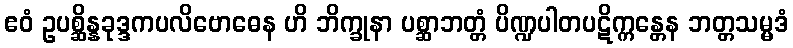
ဧဝံ ဥပစ္ဆိန္နခုဒ္ဒကပလိဗောဓေန ဟိ ဘိက္ခုနာ ပစ္ဆာဘတ္တံ ပိဏ္ဍပါတပဋိက္ကန္တေန ဘတ္တသမ္မဒံ